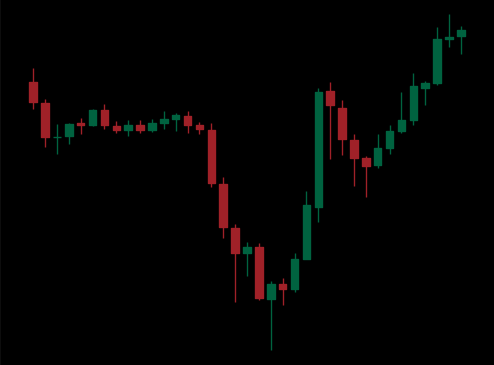
Pattern: inverse_head_shoulders